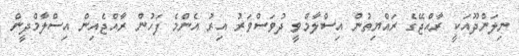
ނިލަންދޫއަކީ ރާއްޖޭގެ ރައްޔިތުން އިސްލާމްވީ ދުވަސްވަރު އިރު އެންމެ ފަހުން ރާއްޖެއިން އިސްލާމްދީން